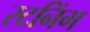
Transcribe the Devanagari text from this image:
स्टनिंग